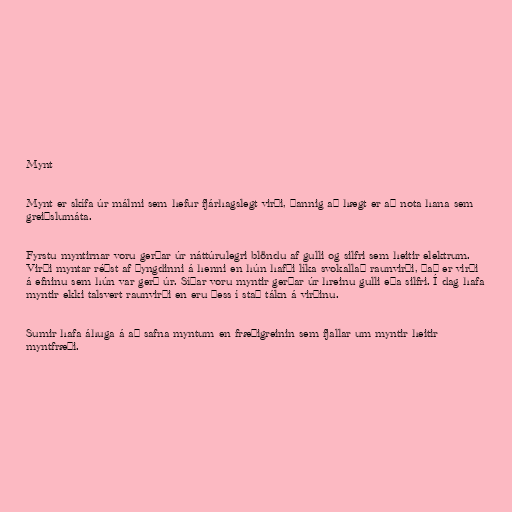
Mynt

Mynt er skífa úr málmi sem hefur fjárhagslegt virði, þannig að hægt er að nota hana sem
greiðslumáta.

Fyrstu myntirnar voru gerðar úr náttúrulegri blöndu af gulli og silfri sem heitir elektrum.
Virði myntar réðst af þyngdinni á henni en hún hafði líka svokallað raunvirði, það er virði
á efninu sem hún var gerð úr. Síðar voru myntir gerðar úr hreinu gulli eða silfri. Í dag hafa
myntir ekki talsvert raunvirði en eru þess í stað tákn á virðinu.

Sumir hafa áhuga á að safna myntum en fræðigreinin sem fjallar um myntir heitir
myntfræði.